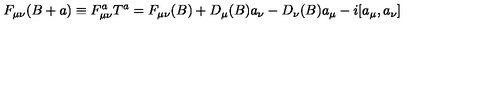
F _ { \mu \nu } ( B + a ) \equiv F _ { \mu \nu } ^ { a } T ^ { a } = F _ { \mu \nu } ( B ) + D _ { \mu } ( B ) a _ { \nu } - D _ { \nu } ( B ) a _ { \mu } - i [ a _ { \mu } , a _ { \nu } ]